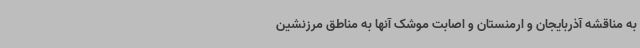
به مناقشه آذربایجان و ارمنستان و اصابت موشک آنها به مناطق مرزنشین